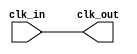
module basic_clock_buffer #(
    parameter NUM_OUTPUTS = 1  // Number of clock output signals
)(
    input wire clk_in,          // Primary clock input
    output wire [NUM_OUTPUTS-1:0] clk_out // Buffered clock output signals
);

    // Generate the buffered clock outputs
    genvar i;
    generate
        for (i = 0; i < NUM_OUTPUTS; i = i + 1) begin : clk_buffer
            // Buffering the clock signal with a minimal propagation delay
            assign clk_out[i] = clk_in; // Directly assign clk_in to clk_out[i]
        end
    endgenerate

endmodule